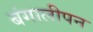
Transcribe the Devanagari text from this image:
बंगालीपन